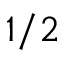
1 / 2